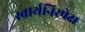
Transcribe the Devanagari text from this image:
स्वार्थनिरपेक्ष